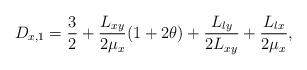
LaTeX: \begin{align*}D_{x,1} = \frac{3}{2}+\frac{L_{xy}}{2\mu_{x}}(1+2\theta)+\frac{L_{ly}}{2L_{xy}}+\frac{L_{lx}}{2\mu_{x}},\end{align*}